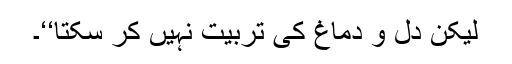
لیکن دل و دماغ کی تربیت نہیں کر سکتا‘‘۔